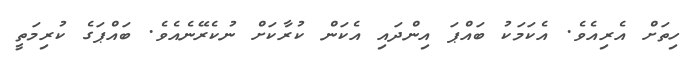
ހިތަށް އެރިއެވެ. އެކަމަކު ބައްޕަ އިންދައި އެކަން ކުރާކަށް ނުކެރޭނެއެވެ. ބައްޕަގެ ކުރިމަތީ